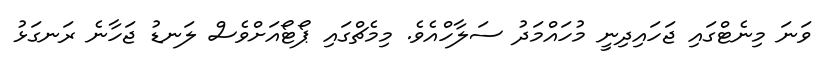
ވަނަ މިނެޓްގައި ޖަހައިދިނީ މުހައްމަދު ސަލާހްއެވެ. މިމެޗްގައި ޕޯޓޯއަށްވެސް ލަނޑު ޖަހާނެ ރަނގަޅު